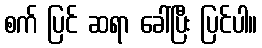
စက် ပြင် ဆရာ ခေါ်ပြီး ပြင်ပါ။